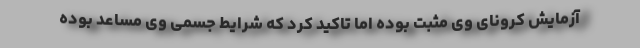
آزمایش کرونای وی مثبت بوده اما تاکید کرد که شرایط جسمی وی مساعد بوده